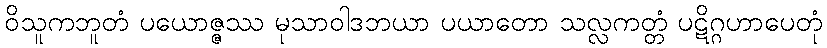
ဝိသူကဘူတံ ပယောဇ္ဇဿ မုသာဝါဒဘယာ ပယာတော သလ္လကတ္တံ ပဋိဂ္ဂဟာပေတုံ